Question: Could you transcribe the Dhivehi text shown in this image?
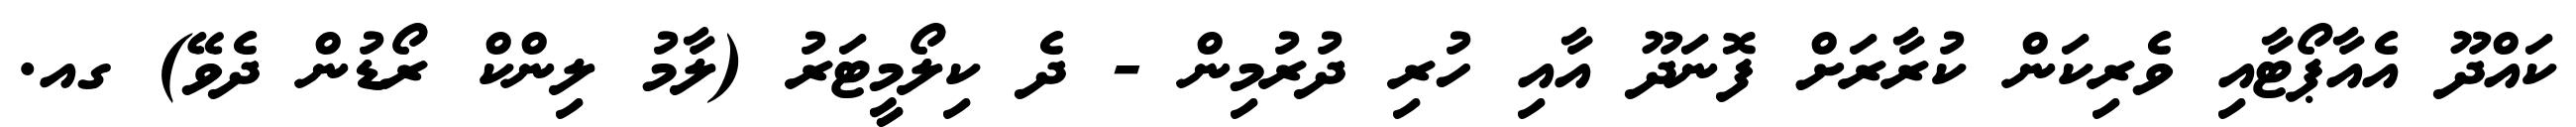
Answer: ކައްދޫ އެއާޕޯޓާއި ވެރިކަން ކުރާރަށް ފޮނަދޫ އާއި ހުރި ދުރުމިން - ދެ ކިލޯމީޓަރު (ލާމު ލިންކް ރޯޑުން ދެވޭ) ގއ.